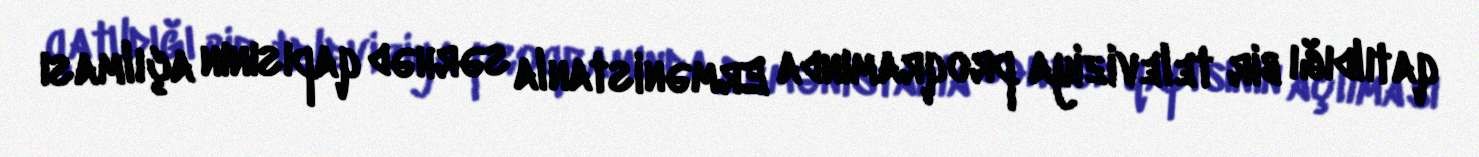
qatıldığı bir televiziya proqramında Ermənistanla sərhəd qapısının açılması